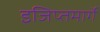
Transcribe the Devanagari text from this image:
इजिप्तमार्गे